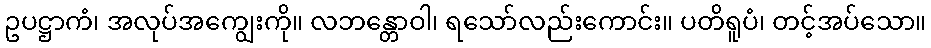
ဥပဋ္ဌာကံ၊ အလုပ်အကျွေးကို။ လဘန္တောဝါ၊ ရသော်လည်းကောင်း။ ပတိရူပံ၊ တင့်အပ်သော။